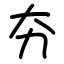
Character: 夯